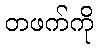
တဖက်ကို